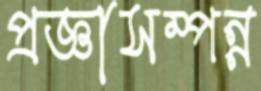
প্রজ্ঞাসম্পন্ন